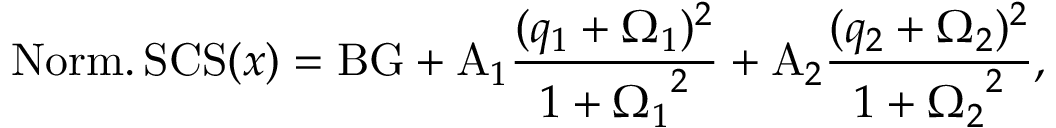
\mathrm { N o r m . \, S C S } ( x ) = \mathrm { B G } + \mathrm { A } _ { 1 } \frac { ( q _ { 1 } + \Omega _ { 1 } ) ^ { 2 } } { 1 + { \Omega _ { 1 } } ^ { 2 } } + \mathrm { A } _ { 2 } \frac { ( q _ { 2 } + \Omega _ { 2 } ) ^ { 2 } } { 1 + { \Omega _ { 2 } } ^ { 2 } } ,